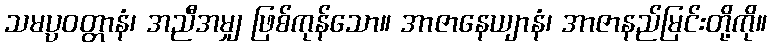
သမပ္ပဝတ္တာနံ၊ အညီအမျှ ဖြစ်ကုန်သော။ အာဇာနေယျာနံ၊ အာဇာနည်မြင်းတို့ကို။